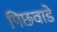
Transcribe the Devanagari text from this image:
पिछवाडे